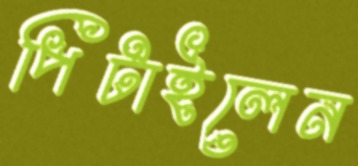
পিটাইলেন